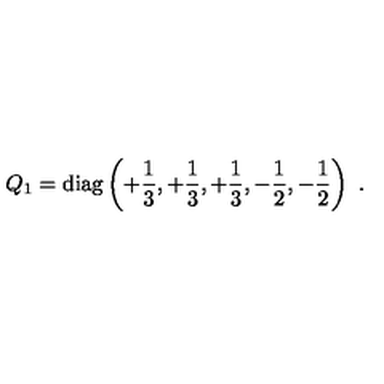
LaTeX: Q _ { 1 } = \mathrm { d i a g } \left( + { \frac { 1 } { 3 } } , + { \frac { 1 } { 3 } } , + { \frac { 1 } { 3 } } , - { \frac { 1 } { 2 } } , - { \frac { 1 } { 2 } } \right) \ .